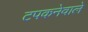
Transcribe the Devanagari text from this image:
टपकनेवाले